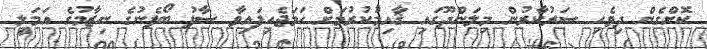
ކޮށްގެން ދިވެހި ސަރުކާރުން މިލަންދޫގައި ޤާއިމުކުރުމަށް ހަމަޖެހިފައިވާ ސާފު ބޯފެނުގެ ނިޒާމުގެ އަމަލީ